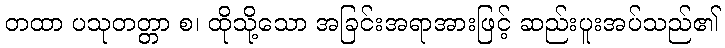
တထာ ပသုတတ္တာ စ၊ ထိုသို့သော အခြင်းအရာအားဖြင့် ဆည်းပူးအပ်သည်၏